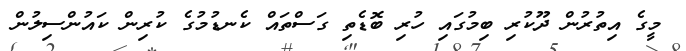
މީގެ އިތުރުން ދޫކުރި ބިމުގައި ހުރި ބޮޑެތި ގަސްތައް ކެނޑުމުގެ ކުރިން ކައުންސިލުން